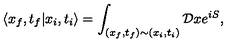
\langle x _ { f } , t _ { f } | x _ { i } , t _ { i } \rangle = \int _ { ( x _ { f } , t _ { f } ) \sim ( x _ { i } , t _ { i } ) } { \cal D } x e ^ { i S } ,